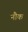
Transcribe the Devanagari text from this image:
नौक